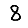
Digit: 8